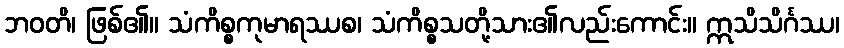
ဘဝတိ၊ ဖြစ်၏။ သံကိစ္စကုမာရဿစ၊ သံကိစ္စသတို့သား၏လည်းကောင်း။ ဣသိသိင်္ဂဿ၊